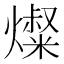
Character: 𰟬